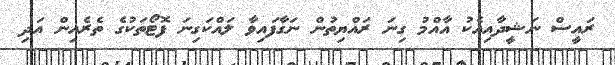
ރައީސް ނަޝީދާއިއެކު އާއްމު ގިނަ ރައްޔިތުން ނަގާފައިވާ ލައްކަގިނަ ފޮޓޯތަކުގެ ތެރެއިން އަދި